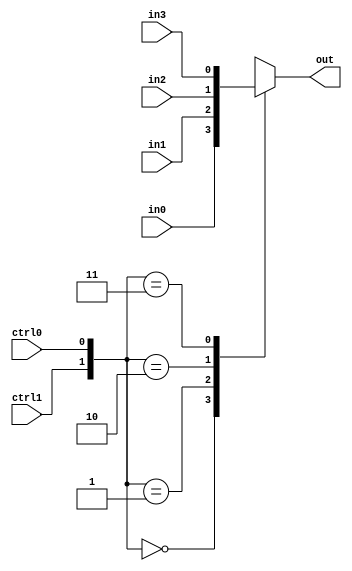
module mux4(out, in0, in1, in2, in3, ctrl0, ctrl1);
	output out;
	reg out;
	input in0, in1, in2, in3, ctrl0, ctrl1;
	always @ (in0, in1, in2, in3, ctrl0, ctrl1)
	begin
	case({ctrl1, ctrl0})
		2'b00: out = in0;
		2'b01: out = in1;
		2'b10: out = in2;
		2'b11: out = in3;
			
	endcase
end
endmodule